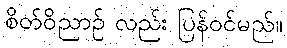
စိတ်ဝိညာဉ် လည်း ပြန်ဝင်မည်။